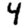
Digit: 4